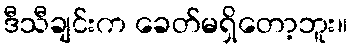
ဒီသီချင်းက ခေတ်မရှိတော့ဘူး။